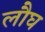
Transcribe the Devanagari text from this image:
लौघ